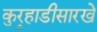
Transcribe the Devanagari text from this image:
कुर्‍हाडीसारखे